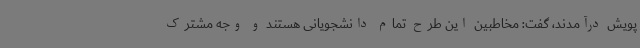
پویش درآمدند، گفت: مخاطبین این طرح تمام دانشجویانی هستند و وجه مشترک